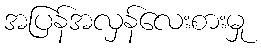
အပြန်အလှန်လေးစားမှု